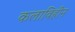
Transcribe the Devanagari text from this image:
कलाविहीन